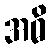
အဓိ